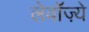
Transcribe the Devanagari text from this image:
लेवॉज़्ये